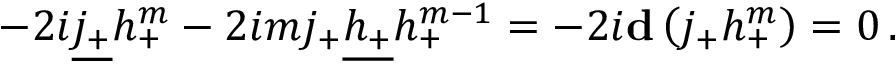
- 2 i \underline { { { j _ { + } } } } h _ { + } ^ { m } - 2 i m j _ { + } \underline { { { h _ { + } } } } h _ { + } ^ { m - 1 } = - 2 i { \bf d } \left( j _ { + } h _ { + } ^ { m } \right) = 0 \, .